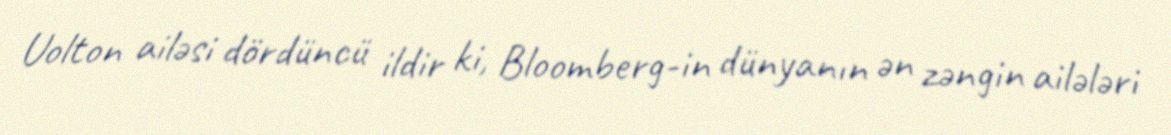
Uolton ailəsi dördüncü ildir ki, Bloomberg-in dünyanın ən zəngin ailələri